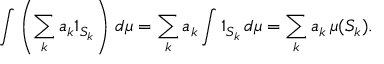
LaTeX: \int \left( \sum _ { k } a _ { k } 1 _ { S _ { k } } \right) \, d \mu = \sum _ { k } a _ { k } \int 1 _ { S _ { k } } \, d \mu = \sum _ { k } a _ { k } \, \mu ( S _ { k } ) .